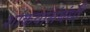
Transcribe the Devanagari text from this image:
शांकवांसंबंधी